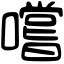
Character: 嚐